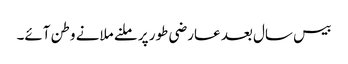
بیس سال بعد عارضی طور پر ملنے ملانے وطن آئے۔